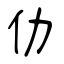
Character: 仂